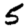
Digit: 5